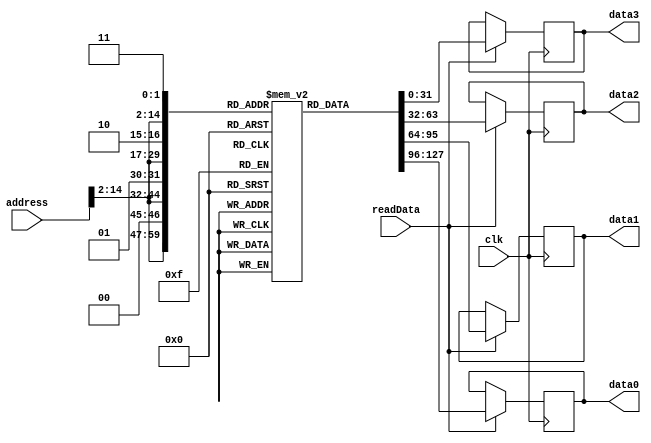
module Memory (input clk, readData, input [14:0] address, output reg [31:0] data0, data1, data2, data3);
  reg [31:0] Memory [0:32767];

  integer i;
  initial begin
    for (i=1024;i<=9216;i=i+1)
      Memory[i] = i;
  end

	always @ (posedge clk) begin
		if (readData == 1) begin
      data0 <= Memory[{address[14:2],2'b00}];
      data1 <= Memory[{address[14:2],2'b01}];
      data2 <= Memory[{address[14:2],2'b10}];
      data3 <= Memory[{address[14:2],2'b11}];
    end
    else begin
      data0 <= data0;
      data1 <= data1;
      data2 <= data2;
      data3 <= data3;
    end
	end
endmodule